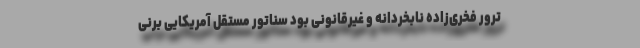
ترور فخری‌زاده نابخردانه و غیرقانونی بود سناتور مستقل آمریکایی برنی